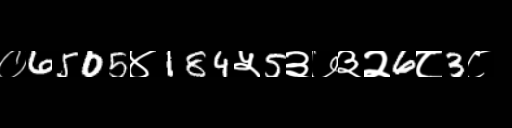
Text: ०6505४184५5३७३२6८3८